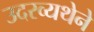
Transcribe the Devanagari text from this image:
उदरव्यथेने